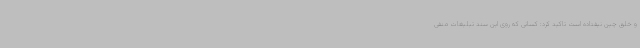
و خلق چین نیفتاده است تاکید کرد: کسانی که روی این سند تبلیغات منفی